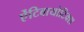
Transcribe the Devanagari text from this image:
ऐंटिबायोटिक्स